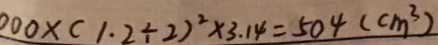
0 0 0 \times ( 1 . 2 \div 2 ) ^ { 2 } \times 3 . 1 4 = 5 0 4 ( c m ^ { 3 } )